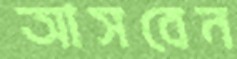
আসবেন